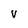
Character: v